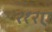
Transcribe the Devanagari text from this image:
२१२ए